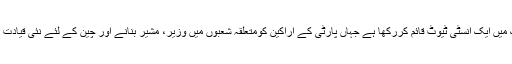
چین کی کمیونسٹ پارٹی نے بیجنگ میں ایک انسٹی ٹیوٹ قائم کررکھا ہے جہاں پارٹی کے اراکین کومتعلقہ شعبوں میں وزیر، مشیر بنانے اور چین کے لئے نئی قیادت تیار کرنے کی تربیت دی جاتی ہے۔